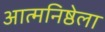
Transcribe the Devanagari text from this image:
आत्मनिष्ठेला